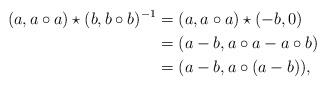
LaTeX: \begin{align*}(a,a\circ a)\star (b,b\circ b)^{-1}&=(a,a\circ a)\star(-b,0)\\&=(a-b,a\circ a-a\circ b)\\&=(a-b,a\circ(a-b)),\end{align*}